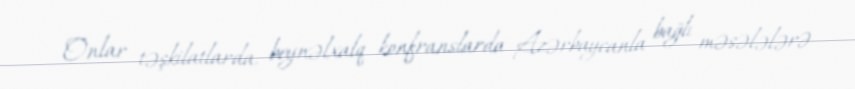
Onlar təşkilatlarda, beynəlxalq konfranslarda Azərbaycanla bağlı məsələlərə